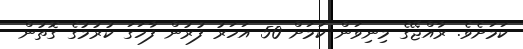
ކަމަށެވެ. ރާއްޖޭގެ މިނިވަން ކަމަށް 50 އަހަރު ފުރުން ފާހަގަ ކުރުމުގެ ގޮތުން